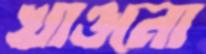
খাওনো